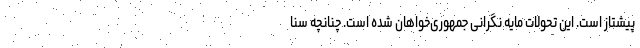
پیشتاز است. این تحولات مایه نگرانی جمهوری‌خواهان شده است. چنانچه سنا